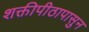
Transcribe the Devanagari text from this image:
शक्तीपीठापासुन